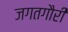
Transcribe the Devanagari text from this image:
जगतगौरी